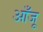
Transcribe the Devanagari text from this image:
आँजू